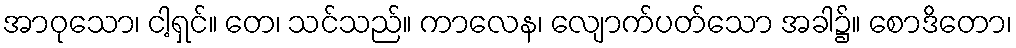
အာဝုသော၊ ငါ့ရှင်။ တေ၊ သင်သည်။ ကာလေန၊ လျောက်ပတ်သော အခါ၌။ စောဒိတော၊